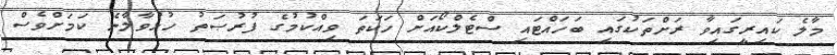
މާލެ ކައިރީގައިވާ ރަށްތަކުގައި ބަހައްޓައި ސްޓެލްކޯއަށް ހަކަތަ ވިއްކުމުގެ ފުރުޞަތު ހުޅުވާލާނެ ކަމަށްވެސް